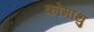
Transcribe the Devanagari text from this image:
कोमाथु